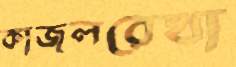
কাজলরেখা